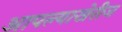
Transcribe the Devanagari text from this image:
आपल्याखेरीज